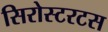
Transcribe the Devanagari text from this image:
सिरोस्टरटस